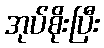
အုပ်စိုးပြီး